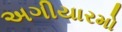
અગીયારમો